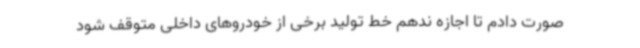
صورت دادم تا اجازه ندهم خط تولید برخی از خودروهای داخلی متوقف شود